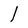
Character: l